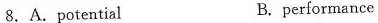
8.A.potential B.performance